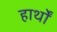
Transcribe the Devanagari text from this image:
हार्थों